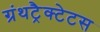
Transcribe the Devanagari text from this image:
ग्रंथट्रैक्टेटस